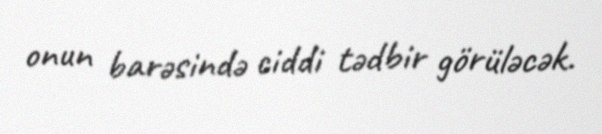
onun barəsində ciddi tədbir görüləcək.